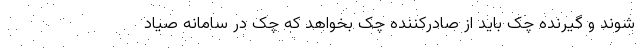
شوند و گیرنده چک باید از صادرکننده چک بخواهد که چک در سامانه صیاد